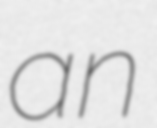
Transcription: an